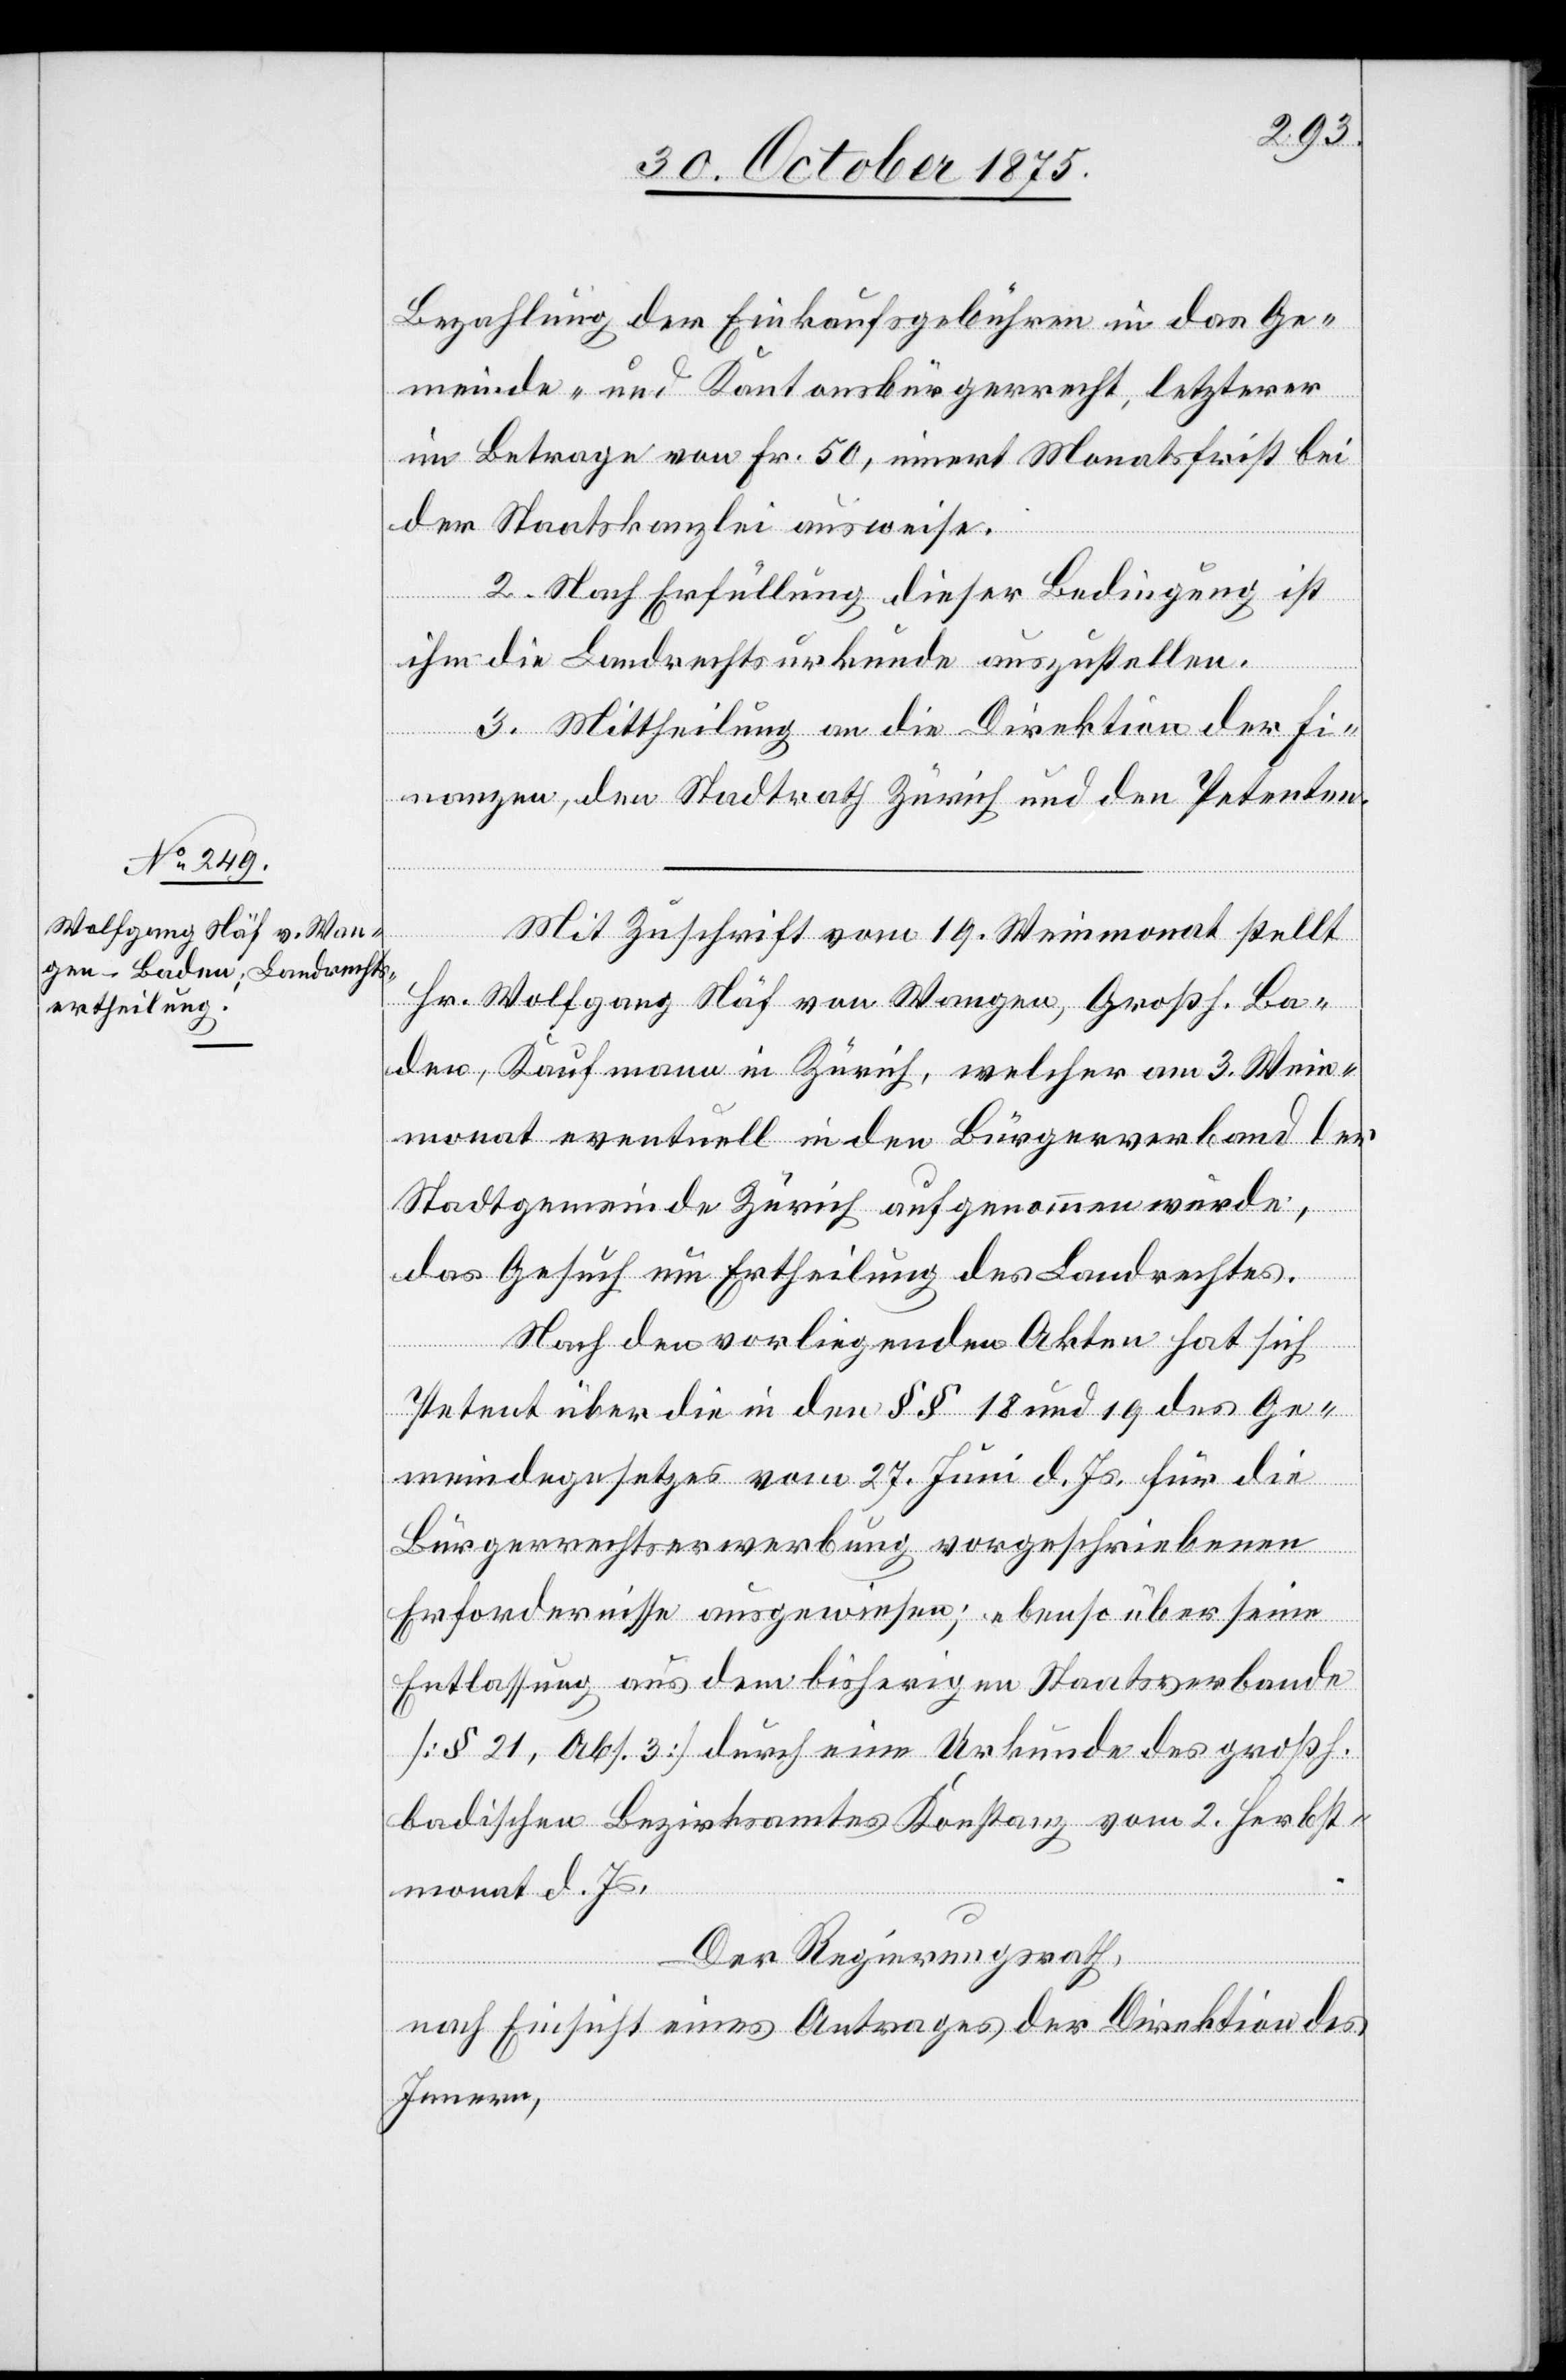
Bezahlung der Einkaufsgebühren in das Ge¬
meinde- und Kantonsbürgerrecht, letzterer
im Betrage von Fr. 50, innert Monatsfirst bei
der Staatskanzlei ausweise.
2. Nach Erfüllung dieser Bedingung ist
ihm die Landrechtsurkunde auszustellen.
3. Mittheilung an die Direktion der Fi¬
nanzen, den Stadtrath Zürich und den Petenten.
Mit Zuschrift vom 19. Weinmonat stellt
Hr. Wolfgang Näf von Wangen, Großh. Ba¬
den, Kaufmann in Zürich, welcher am 3. Wein¬
monat eventuell in den Bürgerverband der
Stadtgemeinde Zürich aufgenommen wurde,
das Gesuch um Ertheilung des Landrechtes.
Nach den vorliegenden Akten hat sich
Petent über die in den §§ 18 und 19 des Ge¬
meindegesetzes vom 27. Juni d. Js. für die
Bürgerrechtserwerbung vorgeschriebenen
Erfordernisse ausgewiesen; ebenso über seine
Entlassung aus dem bisherigen Staatsverbande
[§ 21, Abs. 3] durch eine Urkunde des großh.
badischen Bezirksamtes Konstanz vom 2. Herbst¬
monat d. Js.
Der Regierungsrath,
nach Einsicht eines Antrages der Direktion des
Innern,